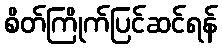
စိတ်ကြိုက်ပြင်ဆင်ရန်